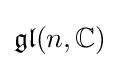
{\mathfrak {gl}}(n,\mathbb {C} )